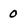
Character: 0